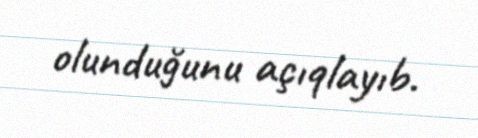
olunduğunu açıqlayıb.